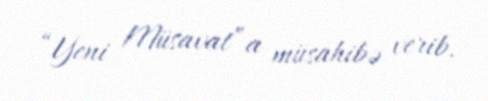
“Yeni Müsavat”a müsahibə verib.